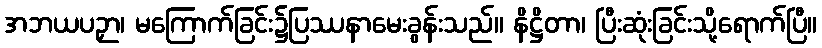
အဘယပဉှာ၊ မကြောက်ခြင်း၌ပြဿနာမေးခွန်းသည်။ နိဋ္ဌိတာ၊ ပြီးဆုံးခြင်းသို့ရောက်ပြီ။